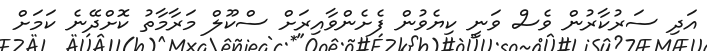
އަދި ސަރުކާރުން ވެސް ވަނީ ކިޔެވުން ފެށެންވާއިރަށް ސްކޫލް މަރާމާތު ކޮށްދޭނެ ކަމަށް